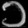
Digit: ၁